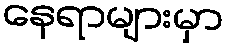
နေရာများမှာ